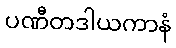
ပဏီတဒါယကာနံ